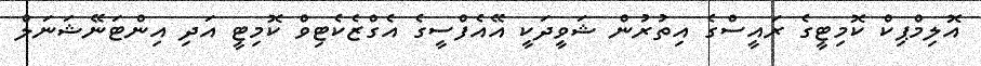
އޮލިމްޕިކް ކޮމިޓީގެ ރައީސްގެ އިތުރުން ޝަވީދަކީ އޭއެފްސީގެ އެގްޒެކެޓިވް ކޮމިޓީ އަދި އިންޓަނޭޝަނަލް